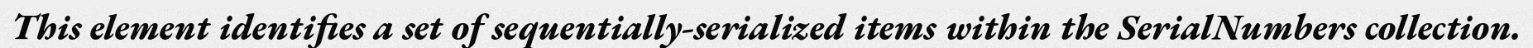
This element identifies a set of sequentially-serialized items within the SerialNumbers collection.